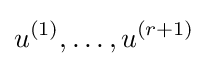
u^{(1)},\dots ,u^{(r+1)}